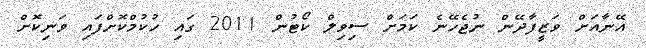
އޭނާއަށް ވަޒީފާދޭން ނުޖެހޭނެ ކަމަށް ސިވިލް ކޯޓުން 2011 ގައި ހުކުމްކޮށްފައި ވަނިކޮށް